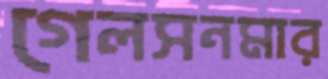
গেলসনমার